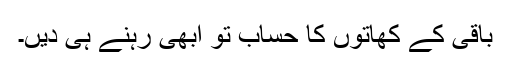
باقی کے کھاتوں کا حساب تو ابھی رہنے ہی دیں۔